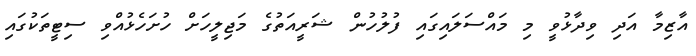
އާޒިމާ އަދި ވިދާޅުވީ މި މައްސަލައިގައި ފުލުހުން ޝަރީއަތުގެ މަޖިލީހަށް ހުށަހެޅުއްވި ސިޓީތަކުގައި